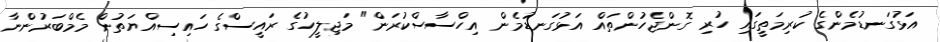
އަޅުގަނޑުމެންގެ ކުރިމަތީގައި ހުރި ގޮންޖެހުންތައް އަޅުގަނޑުމެން އިހްސާސްކުރަން" މަޖިލީހުގެ ރައީސްގެ ހައިސިއްޔަތުން މެމްބަރުންނާ